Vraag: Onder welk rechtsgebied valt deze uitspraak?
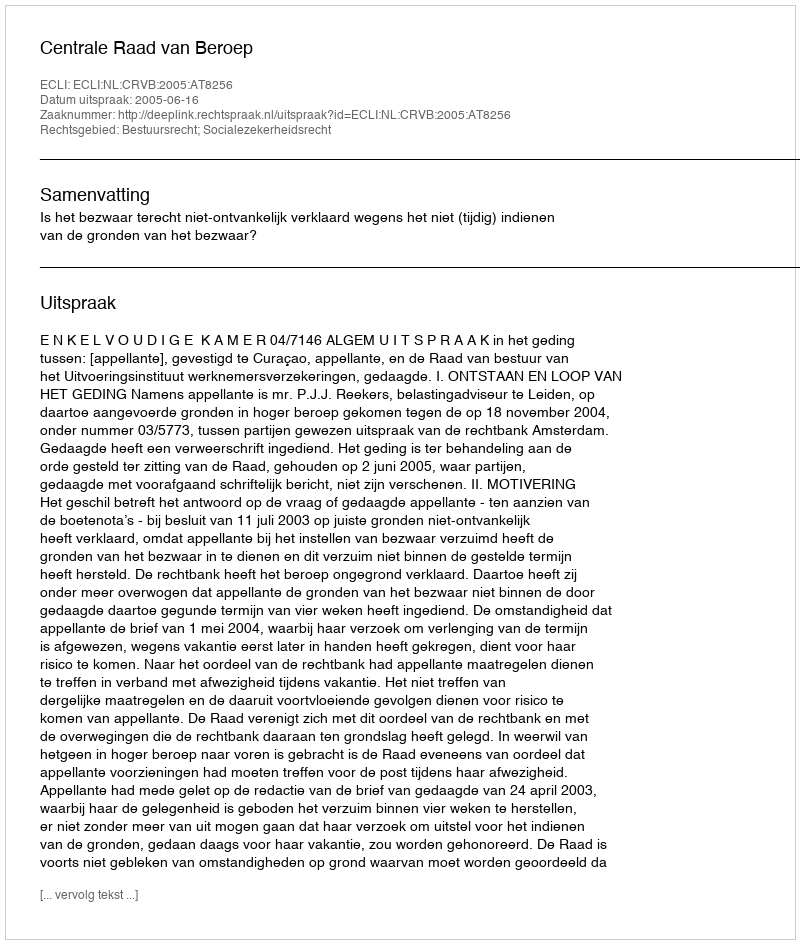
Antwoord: Bestuursrecht; Socialezekerheidsrecht